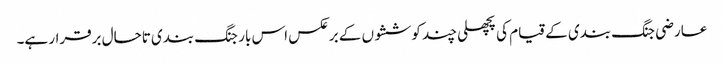
عارضی جنگ بندی کے قیام کی پچھلی چند کوششوں کے برعکس اس بار جنگ بندی تاحال برقرار ہے۔